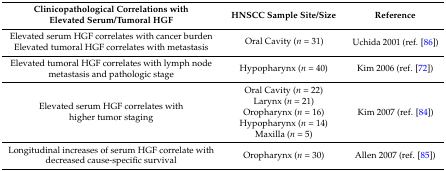
<table><thead><tr><td><b>Clinicopathological Correlations with Elevated Serum/Tumoral HGF</b></td><td><b>HNSCC Sample Site/Size</b></td><td><b>Reference</b></td></tr></thead><tbody><tr><td>Elevated serum HGF correlates with cancer burden</td><td rowspan="2">Oral Cavity (<i>n</i> = 31)</td><td rowspan="2">Uchida 2001 (ref. [86])</td></tr><tr><td>Elevated tumoral HGF correlates with metastasis</td></tr><tr><td>Elevated tumoral HGF correlates with lymph node metastasis and pathologic stage</td><td>Hypopharynx (<i>n</i> = 40)</td><td>Kim 2006 (ref. [72])</td></tr><tr><td rowspan="5">Elevated serum HGF correlates with higher tumor staging</td><td>Oral Cavity (<i>n</i> = 22)</td><td rowspan="5">Kim 2007 (ref. [84])</td></tr><tr><td>Larynx (<i>n</i> = 21)</td></tr><tr><td>Oropharynx (<i>n</i> = 16)</td></tr><tr><td>Hypopharynx (<i>n</i> = 14)</td></tr><tr><td>Maxilla (<i>n</i> = 5)</td></tr><tr><td>Longitudinal increases of serum HGF correlate with decreased cause-specific survival</td><td>Oropharynx (<i>n</i> = 30)</td><td>Allen 2007 (ref. [85])</td></tr></tbody></table>